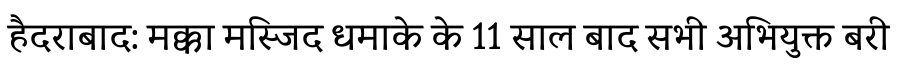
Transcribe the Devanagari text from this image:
हैदराबाद: मक्का मस्जिद धमाके के 11 साल बाद सभी अभियुक्त बरी